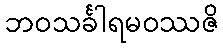
ဘဝသင်္ခါရမဝဿဇိ